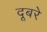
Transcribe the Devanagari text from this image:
दूबरे